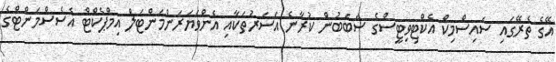
އޭގެ ތެރޭގައި ސައިސްމިކް އެކްޓިވިޓީސްގެ ސަބަބުން ކުރާނެ އަސަރުތަކާއި އެންވަޔަރަންމަންޓަލް އިމްޕެކްޓް އެސެސްމަންޓްގެ